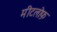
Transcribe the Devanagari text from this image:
मीटलोफ़